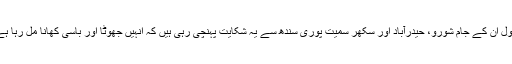
بقول ان کے جام شورو، حیدرآباد اور سکھر سمیت پوری سندھ سے یہ شکایت پہنچی رہی ہیں کہ انہیں جھوٹا اور باسی کھانا مل رہا ہے۔